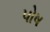
પોષ